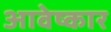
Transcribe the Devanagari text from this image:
आवेष्कार